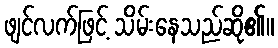
ဖျင်လက်ဖြင့် သိမ်းနေသည်ဆို၏။